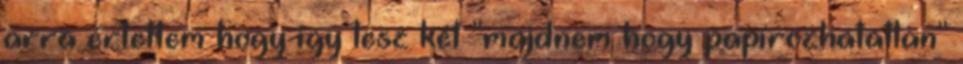
arra értettem hogy így lesz két "majdnem hogy papírozhatatlan"